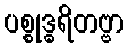
ပစ္စုဒ္ဓရိတဗ္ဗာ